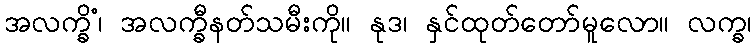
အလက္ခိံ၊ အလက္ခီနတ်သမီးကို။ နုဒ၊ နှင်ထုတ်တော်မူလော။ လက္ခ၊